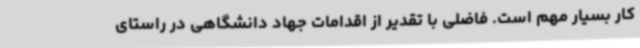
کار بسیار مهم است. فاضلی با تقدیر از اقدامات جهاد دانشگاهی در راستای